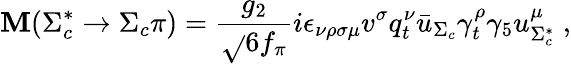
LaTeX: \mathbf{M}(\Sigma_{c}^{*}\to\Sigma_{c}\pi)={\frac{{g_{2}}}{{\sqrt{}{{6}}f_{\pi}}}}i\epsilon_{\nu\rho\sigma\mu}v^{\sigma}q_{t}^{\nu}{\bar{{u}}}_{\Sigma_{c}}\gamma_{t}^{\rho}\gamma_{5}u_{\Sigma_{c}^{*}}^{\mu}\; ,